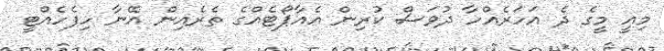
މިއީ މީގެ ދެ އަހަރެއްހާ ދުވަސް ކުރިން އެއާޕޯޓެއްގެ ތެރެއިން އޭނާ ހިފެހެއްޓީ